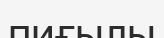
пиғылы